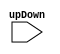
module FSM(
    input [1:0] upDown
    );


endmodule